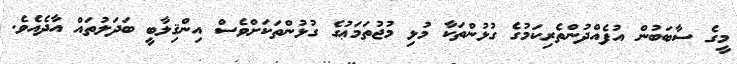
މީގެ ސާބަބުން އުފެއްދުންތެރިކަމުގެ ގުޅުންތަކާ މުޅި މުޖުތަމަޢުގެ ގުޅުންތަކަށްވެސް އިންޤިލާބީ ބަދަލުތައް އާދެއެވެ.